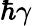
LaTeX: \hbar\gamma